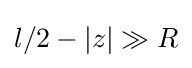
l/2-|z|\gg R